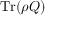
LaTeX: \operatorname { T r } ( \rho Q )